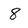
Character: 8